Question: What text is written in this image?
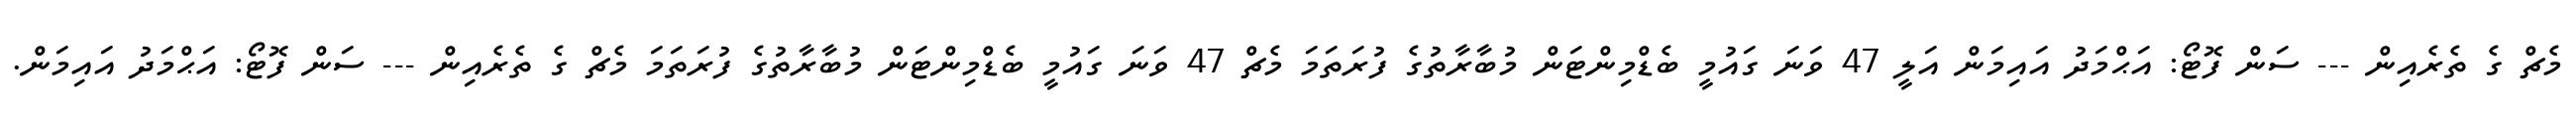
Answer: މެޗް ގެ ތެރެއިން --- ސަން ފޮޓޯ: އަޙްމަދު އައިމަން އަލީ 47 ވަނަ ގައުމީ ބެޑްމިންޓަން މުބާރާތުގެ ފުރަތަމަ މެޗް 47 ވަނަ ގައުމީ ބެޑްމިންޓަން މުބާރާތުގެ ފުރަތަމަ މެޗް ގެ ތެރެއިން --- ސަން ފޮޓޯ: އަޙްމަދު އައިމަން.